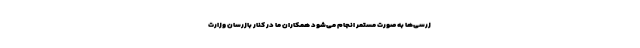
زرسی‌ها به صورت مستمر انجام می‌شود همکاران ما در کنار بازرسان وزارت